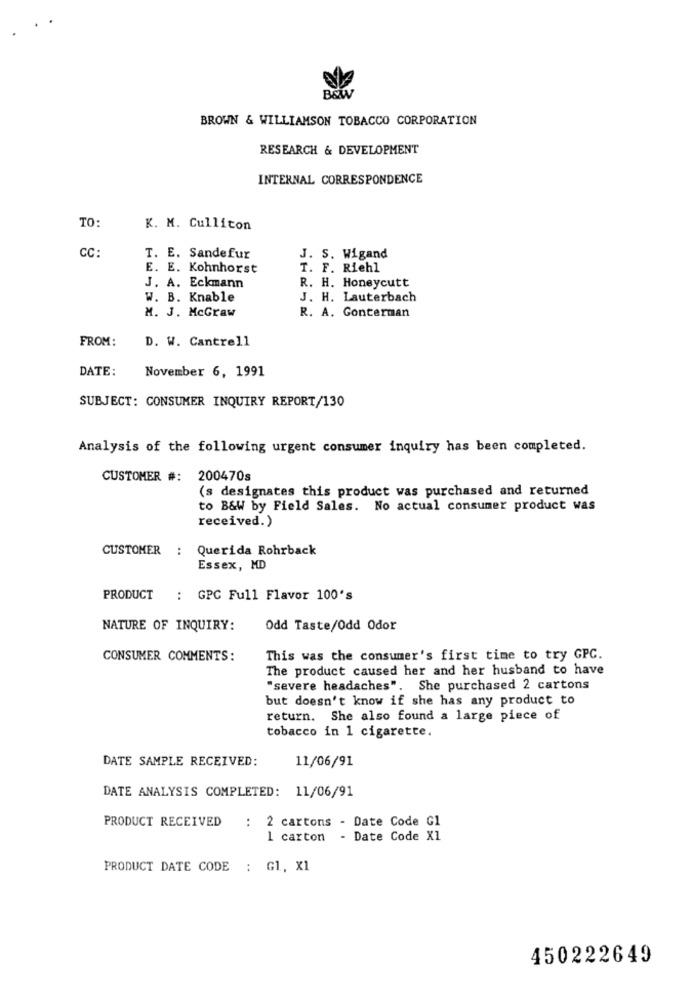
BEW
BROWN & WILLIAMSON TOBACCO CORPORATION
RESEARCH & DEVELOPMENT
INTERNAL CORRESPONDENCE
TO:
K. M. Cullicon
CC:
T. E. Sandefur
J. S. Wigand
E. E. Kohnhorst
T. F. Riehl
J. A. Eckmann
R. H. Honeycutt
W. B. Knable
J. H. Lauterbach
M. J. McGraw
R. A. Gonterman
FROM:
D. W. Cantrell
DATE:
November 6, 1991
SUBJECT: CONSUMER INQUIRY REPORT/130
Analysis of the following urgent consumer inquiry has been completed.
CUSTOMER #: 200470s
(s designates this product was purchased and returned
to B&W by Field Sales. No actual consumer product was
received.)
CUSTOMER :
Querida Rohrback
Essex, MD
PRODUCT : GPC Full Flavor 100's
NATURE OF INQUIRY:
Odd Taste/Odd Odor
CONSUMER COMMENTS:
This was the consumer's first time to try GPC.
The product caused her and her husband to have
"severe headaches". She purchased 2 cartons
but doesn't know if she has any product to
return. She also found a large piece of
tobacco in 1 cigarette.
DATE SAMPLE RECEIVED:
11/06/91
DATE ANALYSIS COMPLETED: 11/06/91
PRODUCT RECEIVED
: 2 cartons - Date Code Gl
1 carton
Date Code X1
PRODUCT DATE CODE : G1, X1
450222649